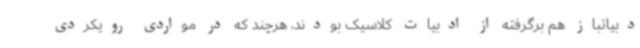
دبیاتباز هم برگرفته از ادبیات کلاسیک بودند، هرچند که در مواردی رویکردی